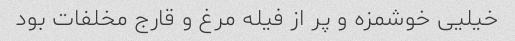
خیلیی خوشمزه و پر از فیله مرغ و قارج مخلفات بود